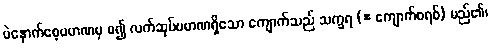
ပဲနောက်စေ့ပမာဏမှ စ၍ လက်ဆုပ်ပမာဏရှိသော ကျောက်သည် သက္ခရ (= ကျောက်စရစ်) မည်၏၊